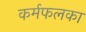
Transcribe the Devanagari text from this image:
कर्मफलका